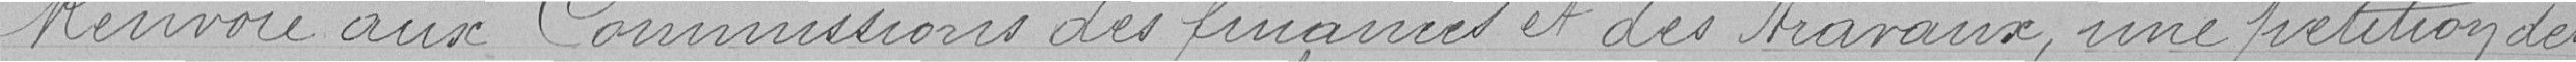
Renvoie aux Commissions des finances et des travaux, une pétition des